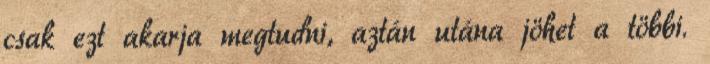
csak ezt akarja megtudni, aztán utána jöhet a többi.